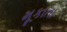
મૂકાતા